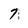
Character: 7